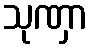
သုဏှာ